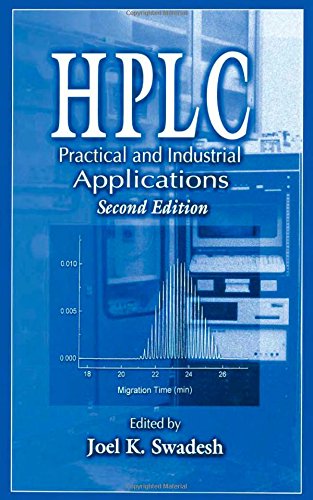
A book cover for HPLC: Practical and Industrial Applications, Second Edition (Analytical Chemistry); Science & Math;